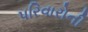
પરિવારોની